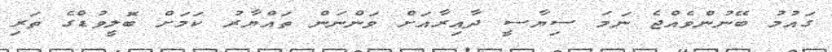
ގައުމު ބޭނުންވެއްޖެ ނަމަ ސިޔާސީ ދާއިރާއަށް ވަންނަން ތައްޔާރު ކަމަށް ބޮލީވުޑްގެ ތަރި